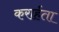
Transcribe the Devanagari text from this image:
करार्हता